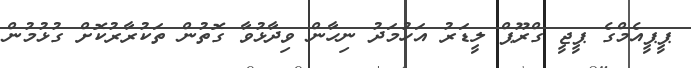
ޕީޕީއެމްގެ ޕީޖީ ގްރޫޕް ލީޑަރު އަހުމަދު ނިހާން ވިދާޅުވާ ގޮތުން ތަކުރާރުކޮށް ގުޅުމުން